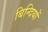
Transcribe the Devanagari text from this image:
बिन्दियों